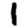
Digit: 1